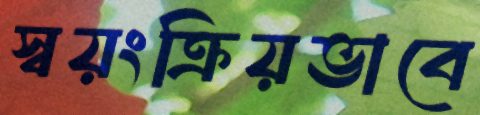
স্বয়ংক্রিয়ভাবে